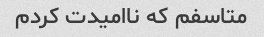
متاسفم که ناامیدت کردم